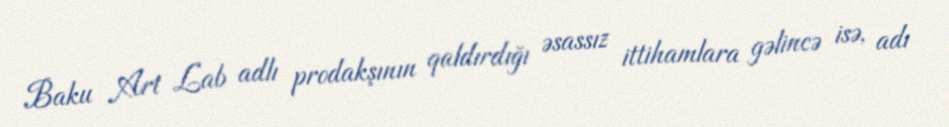
Baku Art Lab adlı prodakşının qaldırdığı əsassız ittihamlara gəlincə isə, adı